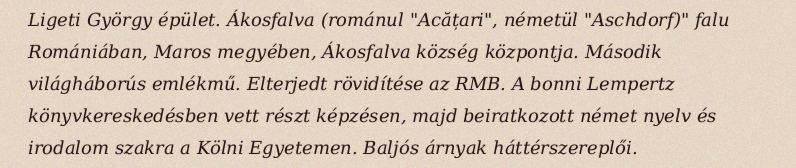
Ligeti György épület. Ákosfalva (románul "Acățari", németül "Aschdorf)" falu Romániában, Maros megyében, Ákosfalva község központja. Második világháborús emlékmű. Elterjedt rövidítése az RMB. A bonni Lempertz könyvkereskedésben vett részt képzésen, majd beiratkozott német nyelv és irodalom szakra a Kölni Egyetemen. Baljós árnyak háttérszereplői.